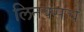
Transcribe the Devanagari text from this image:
लिनक्सचे